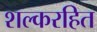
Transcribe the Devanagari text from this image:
शल्करहित